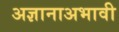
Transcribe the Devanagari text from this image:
अज्ञानाअभावी